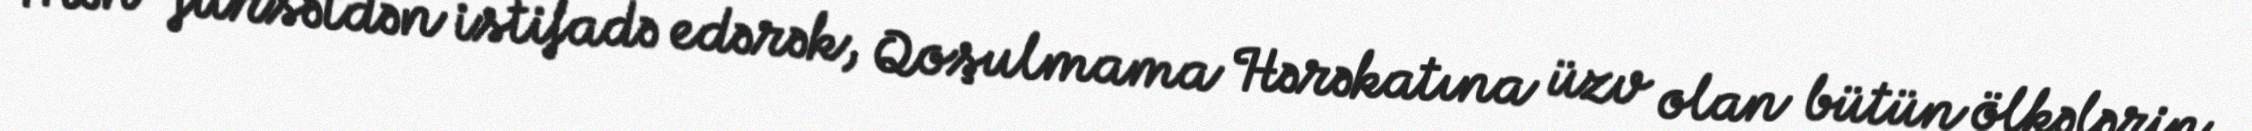
Mən fürsətdən istifadə edərək, Qoşulmama Hərəkatına üzv olan bütün ölkələrin